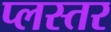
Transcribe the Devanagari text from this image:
प्लस्तर